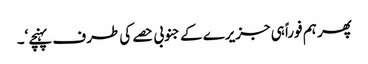
پھر ہم فوراً ہی جزیرے کے جنوبی حصے کی طرف پہنچے‘۔